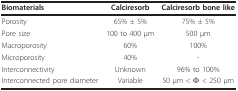
| Biomaterials | Calciresorb | Calciresorb bone like |
 | --- | --- | --- |
 | Porosity | 65% ± 5% | 75% ± 5% |
 | Pore size | 100 to 400 μm | 500 μm |
 | Macroporosity | 60% | 100% |
 | Microporosity | 40% | - |
 | Interconnectivity | Unknown | 96% to 100% |
 | Interconnected pore diameter | Variable | 50 μm < Φ < 250 μm |